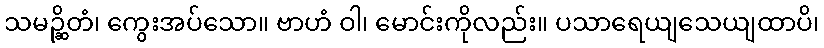
သမဉ္ဆိတံ၊ ကွေးအပ်သော။ ဗာဟံ ဝါ၊ မောင်းကိုလည်း။ ပသာရေယျသေယျထာပိ၊